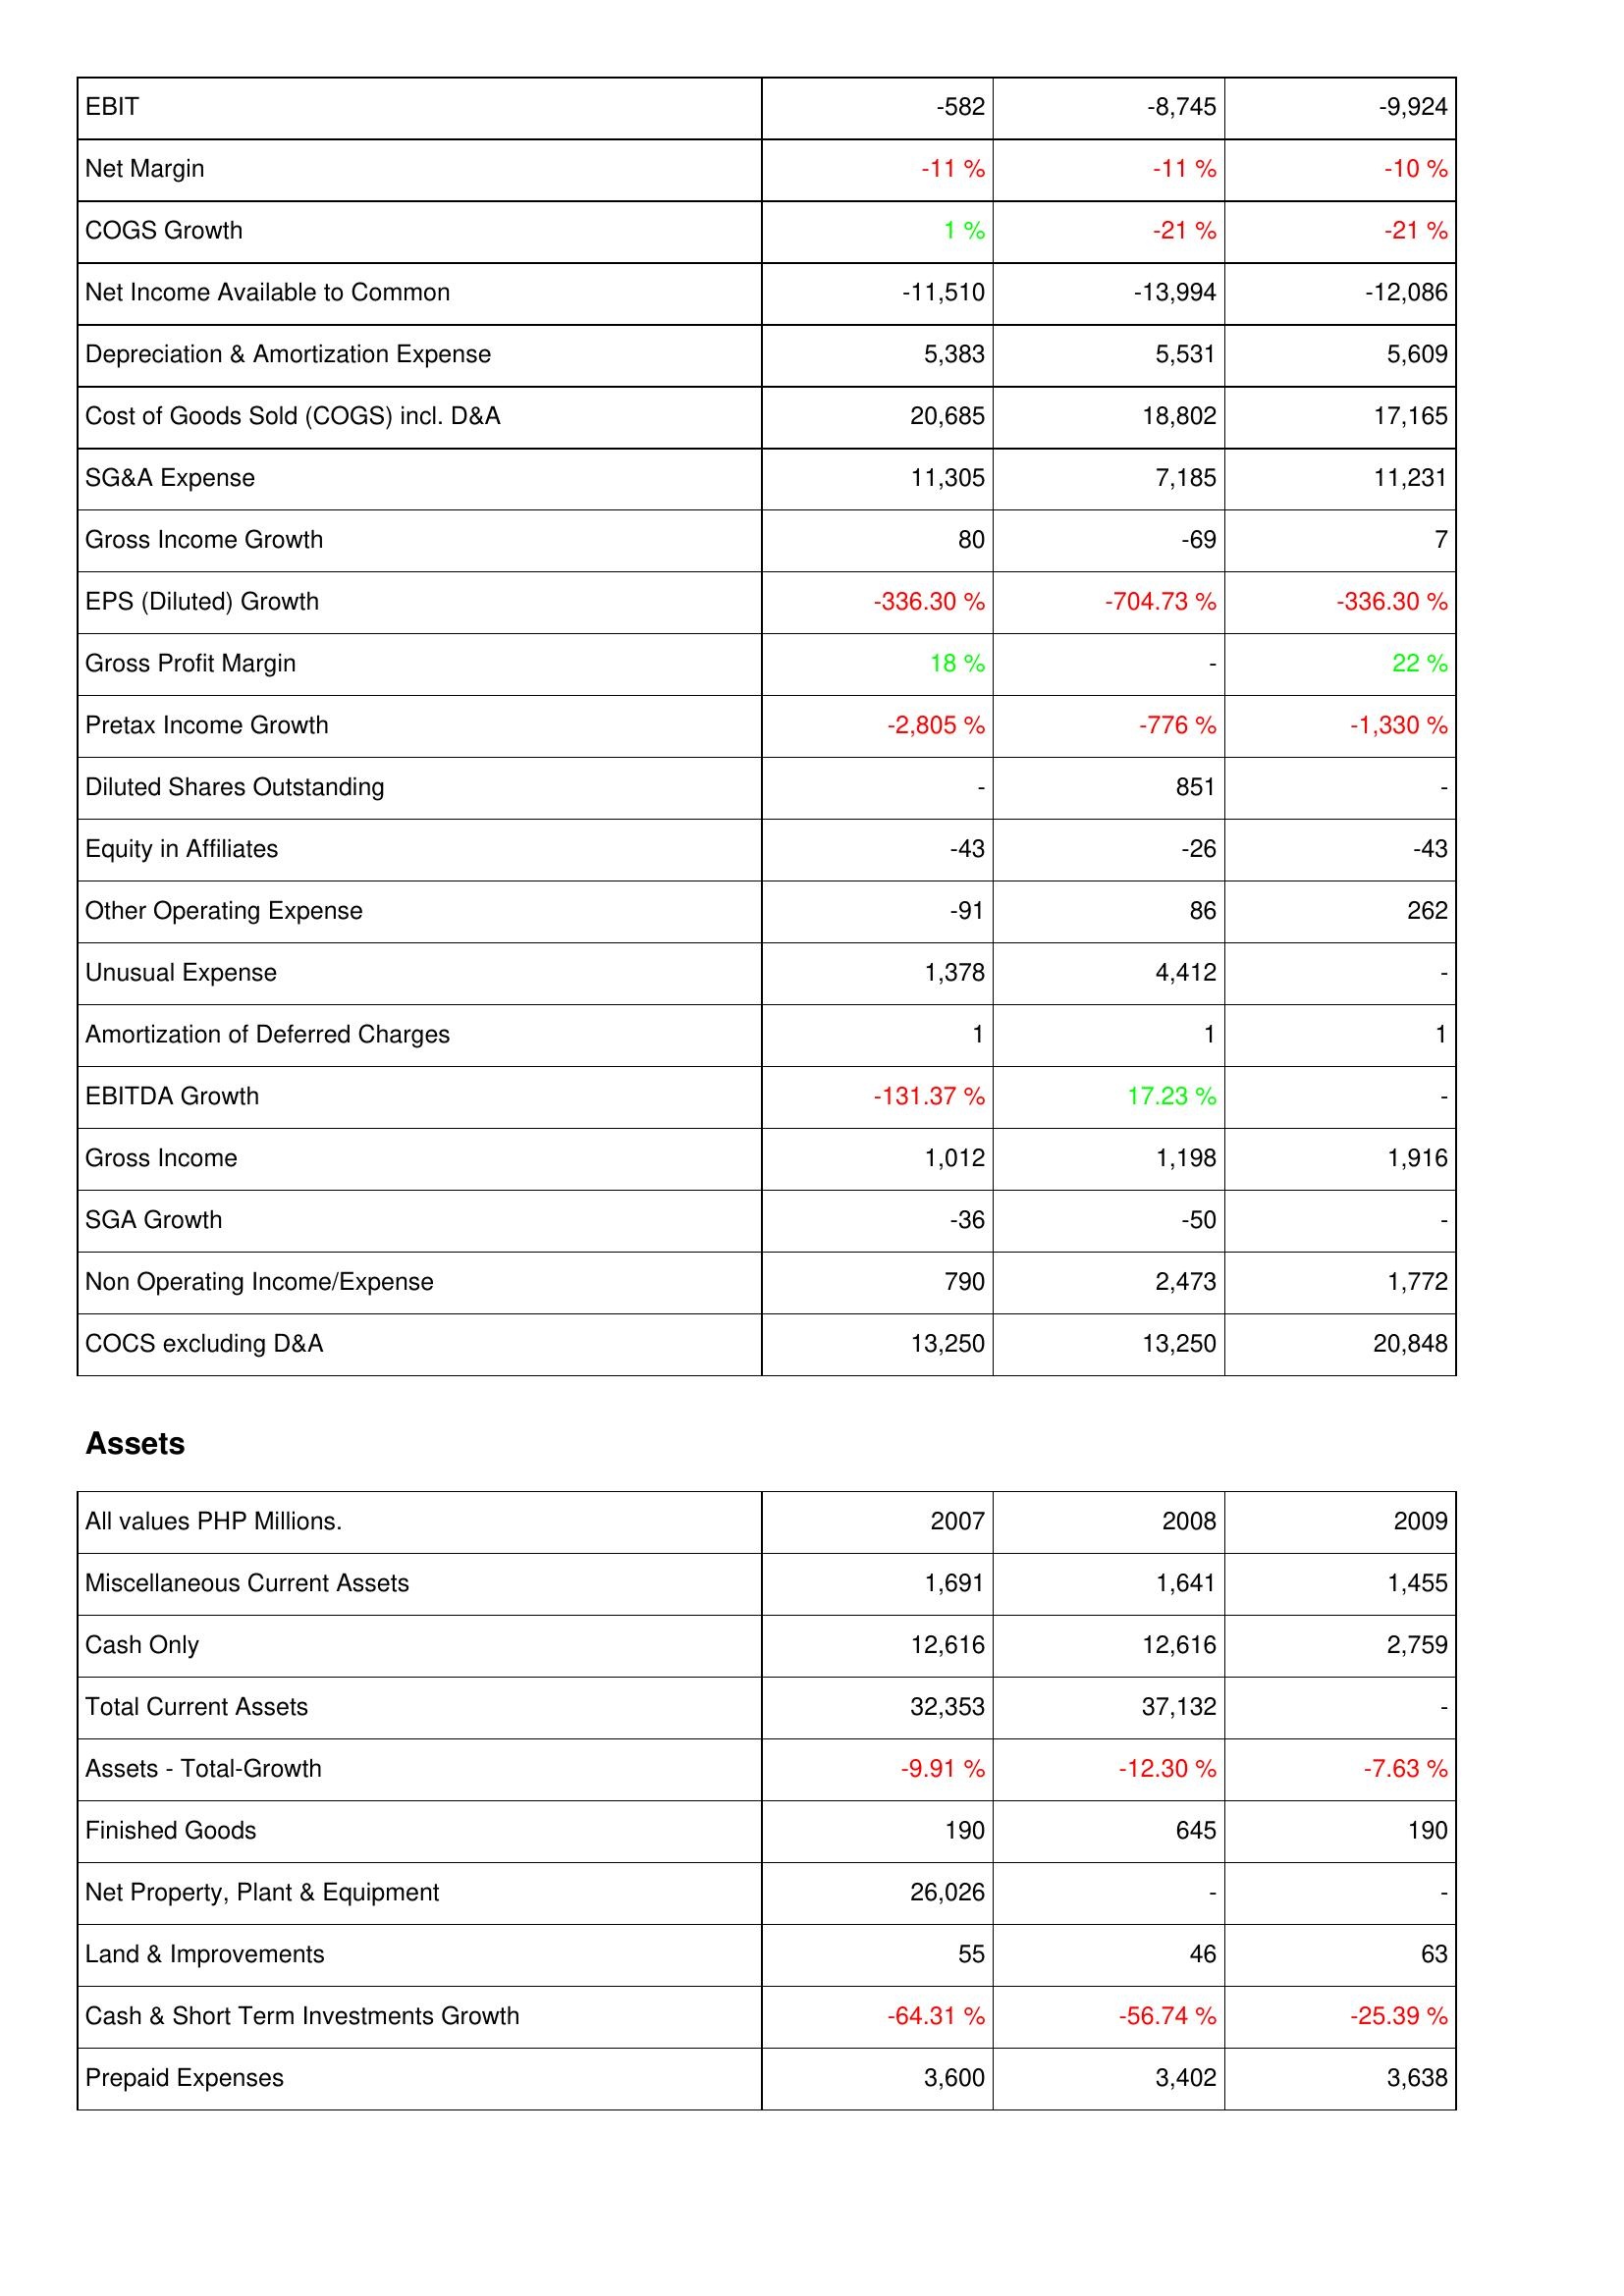
2007: Income Statement: EBIT: -582
Net Margin: -11 %
COGS Growth: 1 %
Net Income Available to Common: -11,510
Depreciation & Amortization Expense: 5,383
Cost of Goods Sold (COGS) incl. D&A: 20,685
SG&A Expense: 11,305
Gross Income Growth: 80
EPS (Diluted) Growth: -336.30 %
Gross Profit Margin: 18 %
Pretax Income Growth: -2,805 %
Diluted Shares Outstanding: -
Equity in Affiliates: -43
Other Operating Expense: -91
Unusual Expense: 1,378
Amortization of Deferred Charges: 1
EBITDA Growth: -131.37 %
Gross Income: 1,012
SGA Growth: -36
Non Operating Income/Expense: 790
COCS excluding D&A: 13,250
Assets: Miscellaneous Current Assets: 1,691
Cash Only: 12,616
Total Current Assets: 32,353
Assets - Total-Growth: -9.91 %
Finished Goods: 190
Net Property, Plant & Equipment: 26,026
Land & Improvements: 55
Cash & Short Term Investments Growth: -64.31 %
Prepaid Expenses: 3,600
2008: Income Statement: EBIT: -8,745
Net Margin: -11 %
COGS Growth: -21 %
Net Income Available to Common: -13,994
Depreciation & Amortization Expense: 5,531
Cost of Goods Sold (COGS) incl. D&A: 18,802
SG&A Expense: 7,185
Gross Income Growth: -69
EPS (Diluted) Growth: -704.73 %
Gross Profit Margin: -
Pretax Income Growth: -776 %
Diluted Shares Outstanding: 851
Equity in Affiliates: -26
Other Operating Expense: 86
Unusual Expense: 4,412
Amortization of Deferred Charges: 1
EBITDA Growth: 17.23 %
Gross Income: 1,198
SGA Growth: -50
Non Operating Income/Expense: 2,473
COCS excluding D&A: 13,250
Assets: Miscellaneous Current Assets: 1,641
Cash Only: 12,616
Total Current Assets: 37,132
Assets - Total-Growth: -12.30 %
Finished Goods: 645
Net Property, Plant & Equipment: -
Land & Improvements: 46
Cash & Short Term Investments Growth: -56.74 %
Prepaid Expenses: 3,402
2009: Income Statement: EBIT: -9,924
Net Margin: -10 %
COGS Growth: -21 %
Net Income Available to Common: -12,086
Depreciation & Amortization Expense: 5,609
Cost of Goods Sold (COGS) incl. D&A: 17,165
SG&A Expense: 11,231
Gross Income Growth: 7
EPS (Diluted) Growth: -336.30 %
Gross Profit Margin: 22 %
Pretax Income Growth: -1,330 %
Diluted Shares Outstanding: -
Equity in Affiliates: -43
Other Operating Expense: 262
Unusual Expense: -
Amortization of Deferred Charges: 1
EBITDA Growth: -
Gross Income: 1,916
SGA Growth: -
Non Operating Income/Expense: 1,772
COCS excluding D&A: 20,848
Assets: Miscellaneous Current Assets: 1,455
Cash Only: 2,759
Total Current Assets: -
Assets - Total-Growth: -7.63 %
Finished Goods: 190
Net Property, Plant & Equipment: -
Land & Improvements: 63
Cash & Short Term Investments Growth: -25.39 %
Prepaid Expenses: 3,638